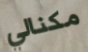
مكنالي